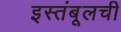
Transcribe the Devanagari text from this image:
इस्तंबूलची